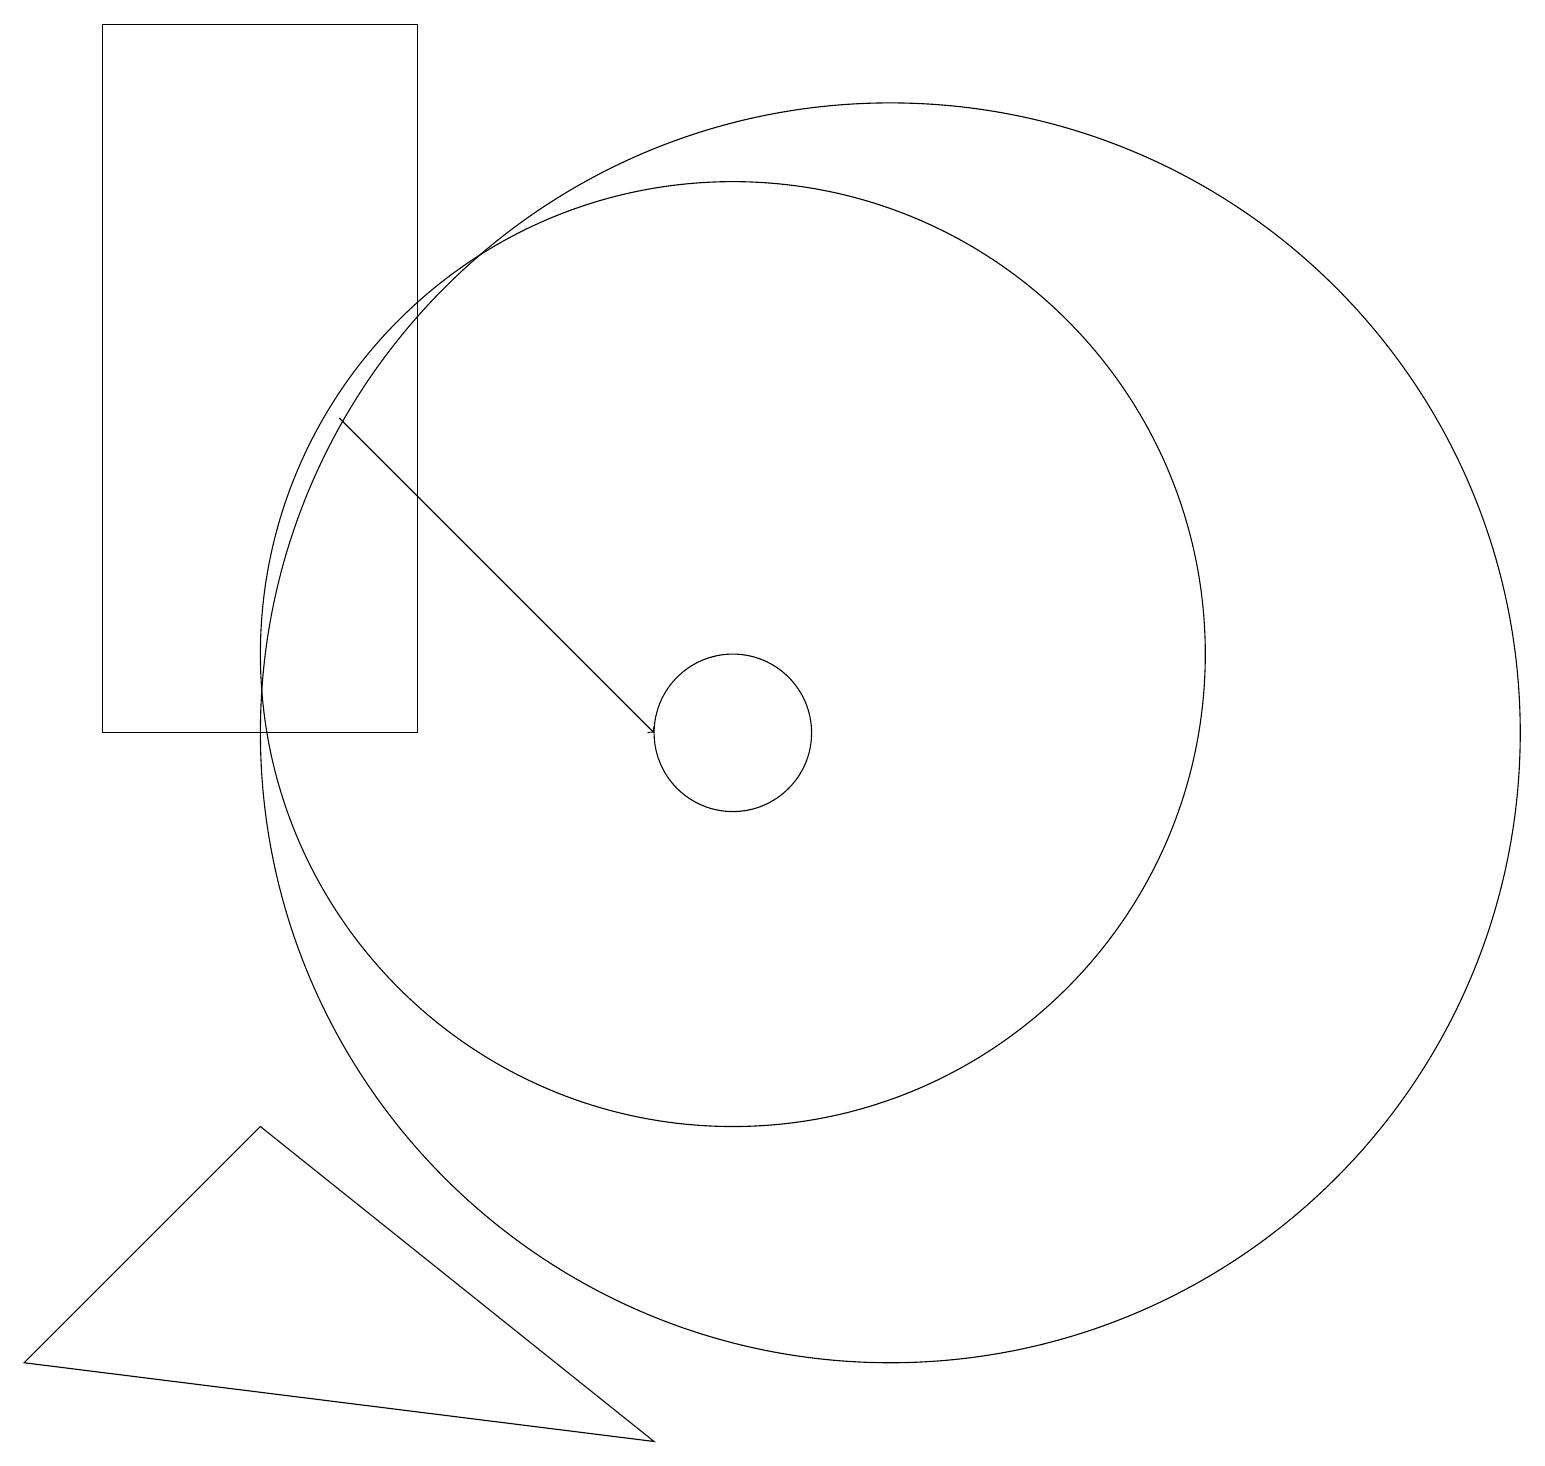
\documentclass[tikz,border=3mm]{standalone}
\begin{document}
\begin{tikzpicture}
\draw (12,10) circle (8);
\draw (1,2) -- (9,1) -- (4,5) -- cycle;
\draw (10,11) circle (6);
\draw (10,10) circle (1);
\draw[->] (5,14) -- (9,10);
\draw (2,19) rectangle (6,10);
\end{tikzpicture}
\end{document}